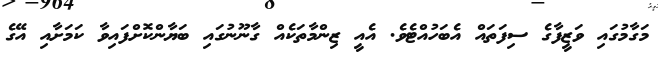
މަގާމުގައި ވަޒީފާގެ ސިފަތައް އެބަހުއްޓެވެ. އެއީ ޒިންމާތަކެއް ގާނޫނުގައި ބަޔާންކޮށްފައިވާ ކަމަށާއި އޭގެ